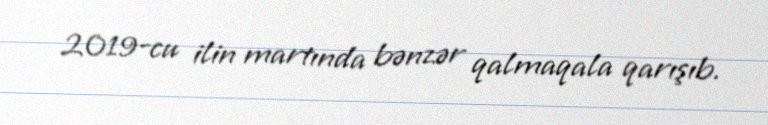
2019-cu ilin martında bənzər qalmaqala qarışıb.